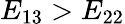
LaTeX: E_{13}>E_{22}